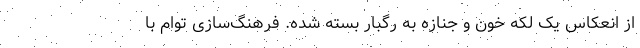
از انعکاس یک لکه خون و جنازه به رگبار بسته شده. فرهنگ‌سازی توام با